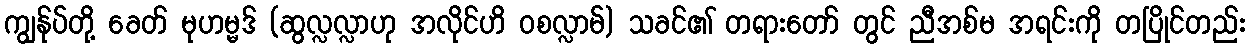
ကျွန်ုပ်တို့ ခေတ် မုဟမ္မဒ် (ဆွလ္လလ္လာဟု အလိုင်ဟိ ဝစလ္လာမ်) သခင်၏ တရားတော် တွင် ညီအစ်မ အရင်းကို တပြိုင်တည်း